Civil Veterinary Department ledger series I-VI
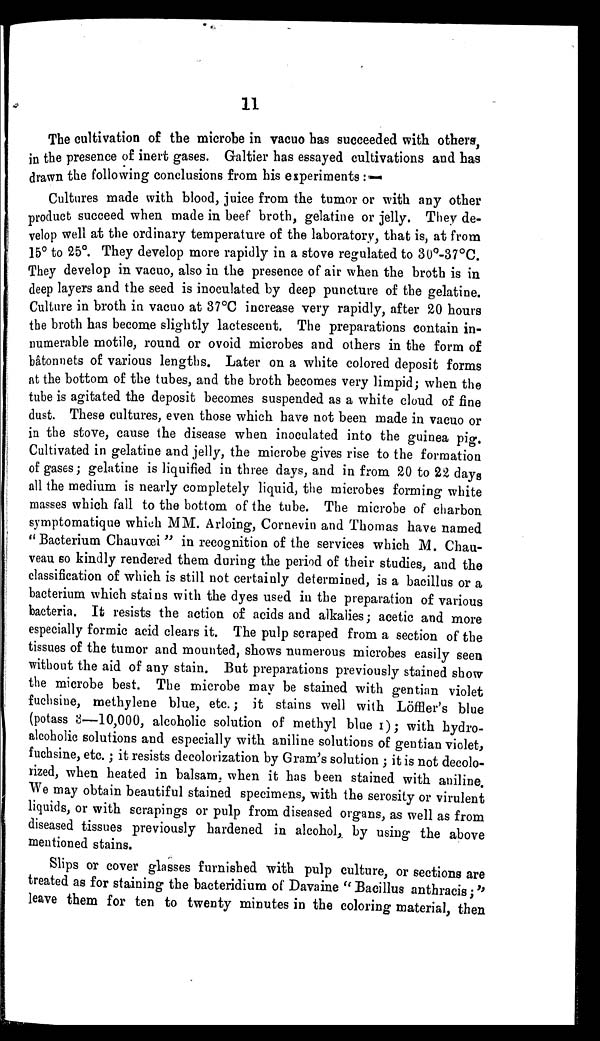
11
The cultivation of the microbe in vacuo has succeeded with others,
in the presence of inert gases. Galtier has essayed cultivations and has
drawn the following conclusions from his experiments :—
Cultures made with blood, juice from the tumor or with any other
product succeed when made in beef broth, gelatine or jelly. They de-
velop well at the ordinary temperature of the laboratory, that is, at from
15° to 25°. They develop more rapidly in a stove regulated to 30°-37°C.
They develop in vacuo, also in the presence of air when the broth is in
deep layers and the seed is inoculated by deep puncture of the gelatine.
Culture in broth in vacuo at 37°C increase very rapidly, after 20 hours
the broth has become slightly lactescent. The preparations contain in-
numerable motile, round or ovoid microbes and others in the form of
bâtonnets of various lengths. Later on a white colored deposit forms
at the bottom of the tubes, and the broth becomes very limpid; when the
tube is agitated the deposit becomes suspended as a white cloud of fine
dust. These cultures, even those which have not been made in vacuo or
in the stove, cause the disease when inoculated into the guinea pig.
Cultivated in gelatine and jelly, the microbe gives rise to the formation
of gases; gelatine is liquified in three days, and in from 20 to 22 days
all the medium is nearly completely liquid, the microbes forming white
masses which fall to the bottom of the tube. The microbe of charbon
symptomatique which MM. Arloing, Cornevin and Thomas have named
" Bacterium Chauvœi " in recognition of the services which M. Chau-
veau so kindly rendered them during the period of their studies, and the
classification of which is still not certainly determined, is a bacillus or a
bacterium which stains with the dyes used in the preparation of various
bacteria. It resists the action of acids and alkalies; acetic and more
especially formic acid clears it. The pulp scraped from a section of the
tissues of the tumor and mounted, shows numerous microbes easily seen
without the aid of any stain. But preparations previously stained show
the microbe best. The microbe may be stained with gentian violet
fuchsine, methylene blue, etc.; it stains well with Löffler's blue
(potass 3—10,000, alcoholic solution of methyl blue I) ; with hydro-
alcoholic solutions and especially with aniline solutions of gentian violet,
fuchsine, etc.; it resists decolorization by Gram's solution; it is not decolo-
rized, when heated in balsam, when it has been stained with aniline.
We may obtain beautiful stained specimens, with the serosity or virulent
liquids, or with scrapings or pulp from diseased organs, as well as from
diseased tissues previously hardened in alcohol, by using the above
mentioned stains.
Slips or cover glasses furnished with pulp culture, or sections are
treated as for staining the bacteridium of Davaine " Bacillus anthracis ;"
leave them for ten to twenty minutes in the coloring material, then